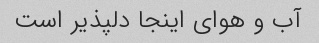
آب و هوای اینجا دلپذیر است